Report on vaccination in Madras 1904-1921 - 1904-1921
Year: 1904
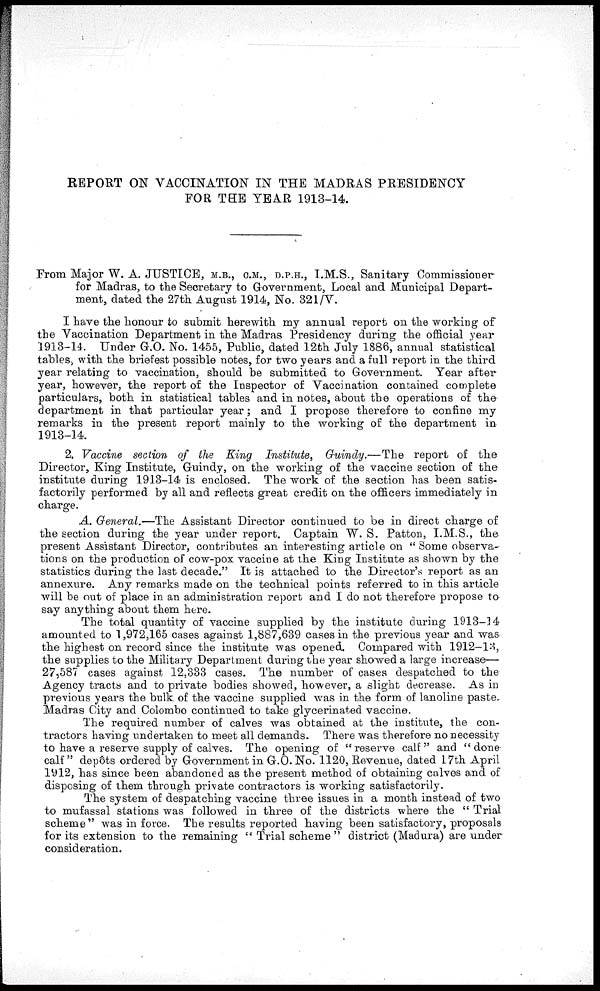
REPORT ON VACCINATION IN THE MADRAS PRESIDENCY
FOR THE YEAR 1913-14.
From Major W. A. JUSTICE, M.B., C.M., D.P.H., I.M.S., Sanitary Commissioner
for Madras, to the Secretary to Government, Local and Municipal Depart-
ment, dated the 27th August 1914, No. 321/V.
I have the honour to submit herewith my annual report on the working of
the Vaccination Department in the Madras Presidency during the official year
1913-14. Under G.O. No. 1455, Public, dated 12th July 1886, annual statistical
tables, with the briefest possible notes, for two years and a full report in the third
year relating to vaccination, should be submitted to Government. Year after
year, however, the report of the Inspector of Vaccination contained complete
particulars, both in statistical tables and in notes, about the operations of the
department in that particular year; and I propose therefore to confine my
remarks in the present report mainly to the working of the department in
1913-14.
2. Vaccine section of the King Institute, Guindy.—The report of the
Director, King Institute, Guindy, on the working of the vaccine section of the
institute during 1913-14 is enclosed. The work of the section has been satis-
factorily performed by all and reflects great credit on the officers immediately in
charge.
A. General.—The Assistant Director continued to be in direct charge of
the section during the year under report. Captain W. S. Patton, I.M.S., the
present Assistant Director, contributes an interesting article on " Some observa-
tions on the production of cow-pox vaccine at the King Institute as shown by the
statistics during the last decade." It is attached to the Director's report as an
annexure. Any remarks made on the technical points referred to in this article
will be out of place in an administration report and I do not therefore propose to
say anything about them here.
The total quantity of vaccine supplied by the institute during 1913-14
amounted to 1,972,165 cases against 1,887,639 cases in the previous year and was
the highest on record since the institute was opened. Compared with 1912-13,
the supplies to the Military Department during the year showed a large increase—
27,587 cases against 12,333 cases. The number of cases despatched to the
Agency tracts and to private bodies showed, however, a slight decrease. As in
previous years the bulk of the vaccine supplied was in the form of lanoline paste.
Madras City and Colombo continued to take glycerinated vaccine.
The required number of calves was obtained at the institute, the con-
tractors having undertaken to meet all demands. There was therefore no necessity
to have a reserve supply of calves. The opening of "reserve calf" and "done
calf" depôts ordered by Government in G.O. No. 1120, Revenue, dated 17th April
1912, has since been abandoned as the present method of obtaining calves and of
disposing of them through private contractors is working satisfactorily.
The system of despatching vaccine three issues in a month instead of two
to mufassal stations was followed in three of the districts where the " Trial
scheme" was in force. The results reported having been satisfactory, proposals
for its extension to the remaining " Trial scheme " district (Madura) are under
consideration.